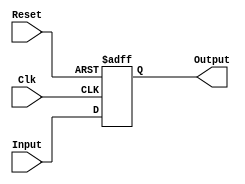
module ProgramCounter(Input,
                      Clk, 
                      Reset, 
                      Output);
  
  input [31:0]      Input;
  input             Clk;
  input             Reset;
  output reg [31:0] Output;
  
  always @(posedge Clk, posedge Reset) begin
    if(Reset) Output <= 0;
    else
    	Output <= Input;
  end
endmodule